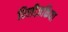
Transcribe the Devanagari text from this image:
रिलीज़किया